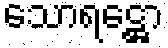
သောရဋ္ဌော